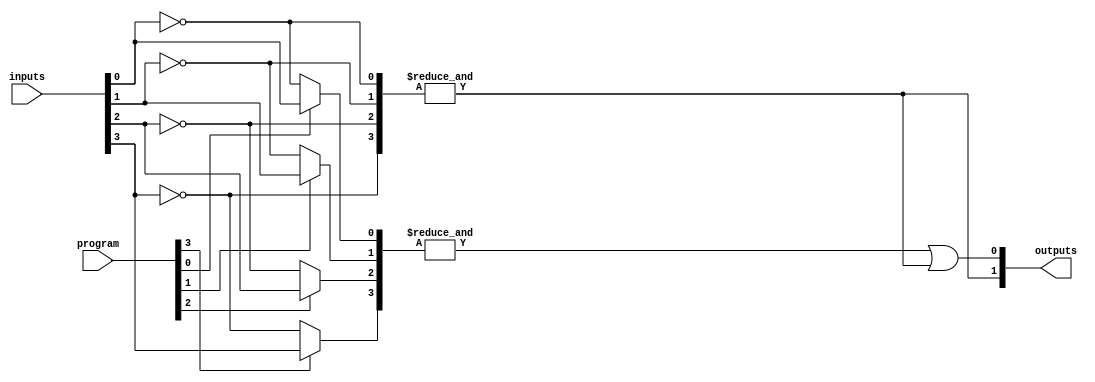
module SPAL #(parameter N = 4, // Number of inputs
              parameter M = 2, // Number of outputs
              parameter P = 4  // Number of product terms (AND gates)
              ) (
    input  wire [N-1:0] inputs, // Input signals
    input  wire [P-1:0] program, // Programming signals (1 for connect, 0 for disconnect)
    output wire [M-1:0] outputs   // Output signals
);

// Internal signals for product terms
wire [P-1:0] product_terms;

// Generate product terms using programmable AND gates
genvar i, j;
generate
    for (i = 0; i < P; i = i + 1) begin : and_gates
        wire [N-1:0] and_inputs;
        // Connect inputs to AND gates based on programming
        for (j = 0; j < N; j = j + 1) begin : input_selection
            assign and_inputs[j] = program[i*N + j] ? inputs[j] : ~inputs[j];
        end
        assign product_terms[i] = &and_inputs; // AND operation
    end
endgenerate

// Fixed OR array to combine product terms
assign outputs[0] = product_terms[0] | product_terms[1]; // Example OR gate
assign outputs[1] = product_terms[2] | product_terms[3]; // Example OR gate

endmodule